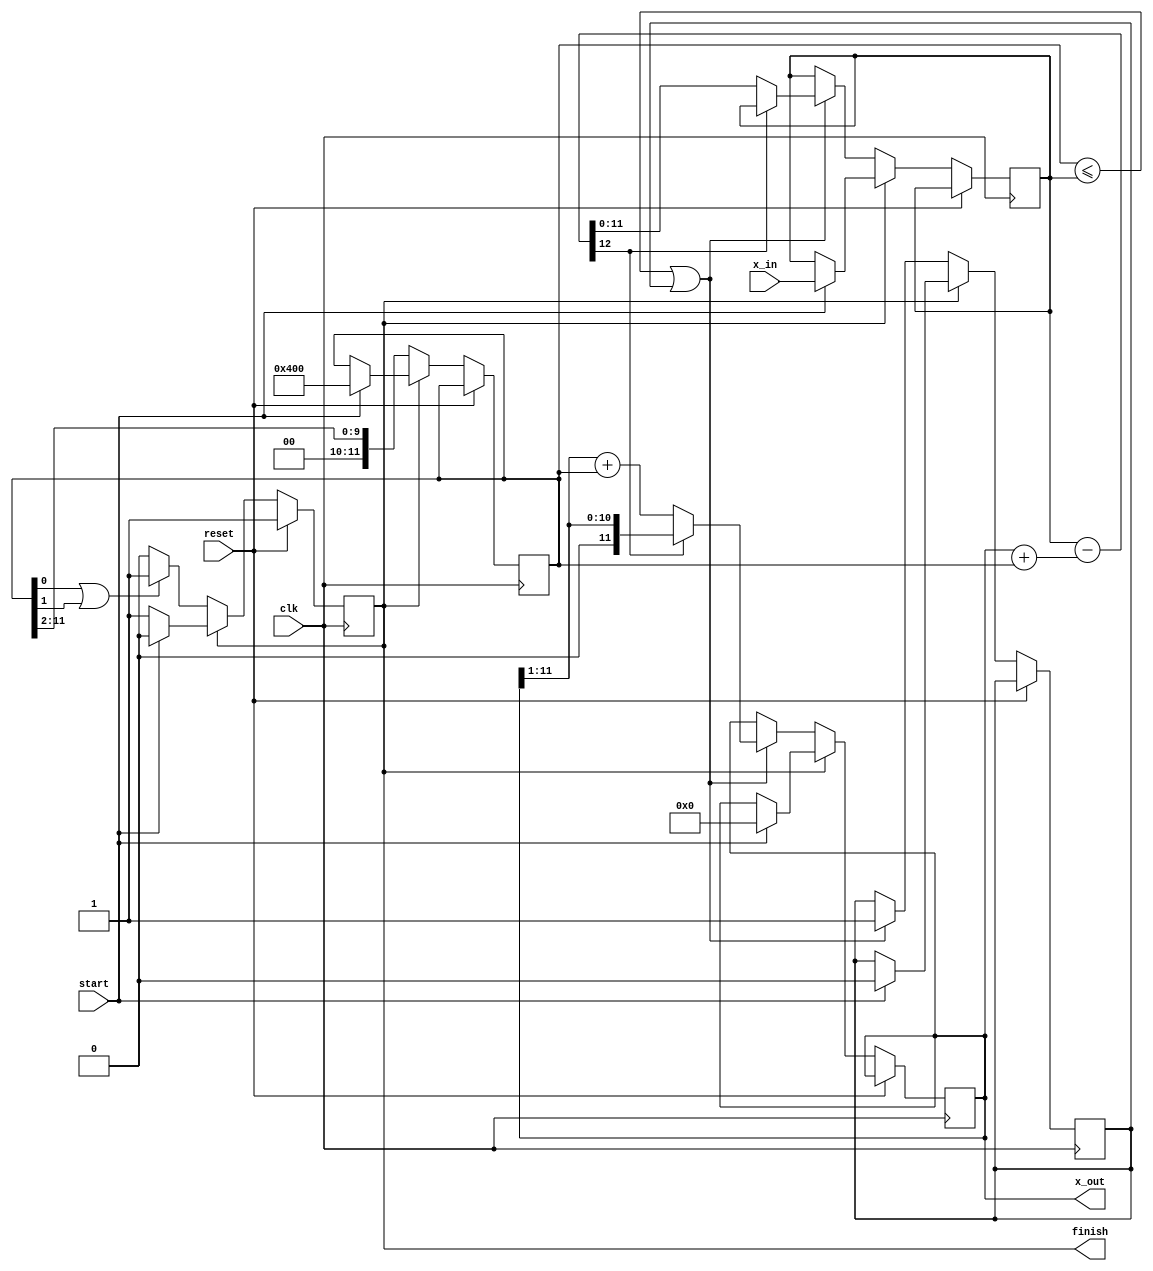
/* A sequiential bit by bit calculation of the square root.
 *
 * -----------------------------------------------------------------------------
 *
 * Copyright (C) 2023 Gerrit Grutzeck (g.grutzeck@gfg-development.de)
 *
 * Licensed under the Apache License, Version 2.0 (the "License");
 * you may not use this file except in compliance with the License.
 * You may obtain a copy of the License at
 * 
 * http://www.apache.org/licenses/LICENSE-2.0
 *
 * Unless required by applicable law or agreed to in writing, software
 * distributed under the License is distributed on an "AS IS" BASIS,
 * WITHOUT WARRANTIES OR CONDITIONS OF ANY KIND, either express or implied.
 * See the License for the specific language governing permissions and
 * limitations under the License.
 *
 * -----------------------------------------------------------------------------
 *
 * Create   : Mai 15, 2024
 * Revise   : Mai 15, 2024
 * Revision : 1.0
 *
 * -----------------------------------------------------------------------------
 */
`default_nettype none

module sqrt_pipe #(parameter BIT_WIDTH = 12) (
    input  wire                     clk,
    input  wire                     reset,

    input  wire [BIT_WIDTH - 1 : 0] x_in,
    input  wire                     start,

    output wire [BIT_WIDTH - 1 : 0] x_out,
    output wire                     finish
);

    reg                       idle;
    reg [BIT_WIDTH - 1 : 0]   d;
    reg [BIT_WIDTH - 1 : 0]   c;
    reg [BIT_WIDTH - 1 : 0]   x;
    reg                       flag;

    wire [BIT_WIDTH : 0]      x_diff;

    assign x_diff = x - (c + d);


    always @(posedge clk) begin
        if (reset == 1) begin
            idle          <= 1;
        end else begin
            if (idle == 1) begin
                if (start == 1) begin
                    flag  <= 0;
                    x     <= x_in;
                    c     <= 0;
                    d     <= { 2'b01, {(BIT_WIDTH - 2){1'b0}}};
                    idle  <= 0;
                end
            end else begin
                if ((d <= x) || (flag == 1)) begin
                    flag  <= 1;

                    // check if x_diff is negative by evaluating the MSB
                    if (x_diff[BIT_WIDTH] == 1'b1) begin
                        c <= c >> 1;
                    end else begin
                        c <= (c >> 1) + d;
                        x <= x_diff[BIT_WIDTH - 1 : 0];
                    end
                end

                d         <= d >> 2;

                if ((d[0] == 1'b1) || (d[1] == 1'b1)) begin
                    idle  <= 1;
                end
            end
        end
    end

    assign x_out    = c;
    assign finish   = idle;
endmodule